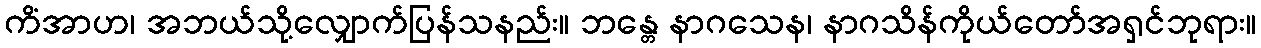
ကိံအာဟ၊ အဘယ်သို့လျှောက်ပြန်သနည်း။ ဘန္တေ နာဂသေန၊ နာဂသိန်ကိုယ်တော်အရှင်ဘုရား။